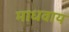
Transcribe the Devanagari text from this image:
माधवाय